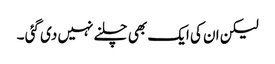
لیکن ان کی ایک بھی چلنے نہیں دی گئی ۔